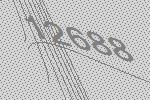
12688